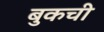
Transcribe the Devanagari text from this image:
बुकची